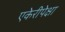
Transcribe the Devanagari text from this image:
एकेरीपेक्षा